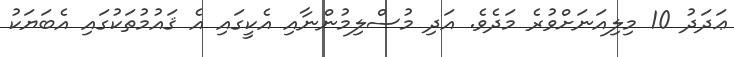
ޢަދަދު 10 މިލިއަނަށްވުރެ މަދެވެ. އަދި މުސްލިމުންނާއި އެކީގައި އެ ޤައުމުތަކުގައި އެބަޔަކު